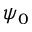
\psi _ { 0 }